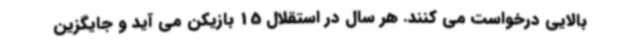
بالایی درخواست می کنند. هر سال در استقلال 15 بازیکن می آید و جایگزین